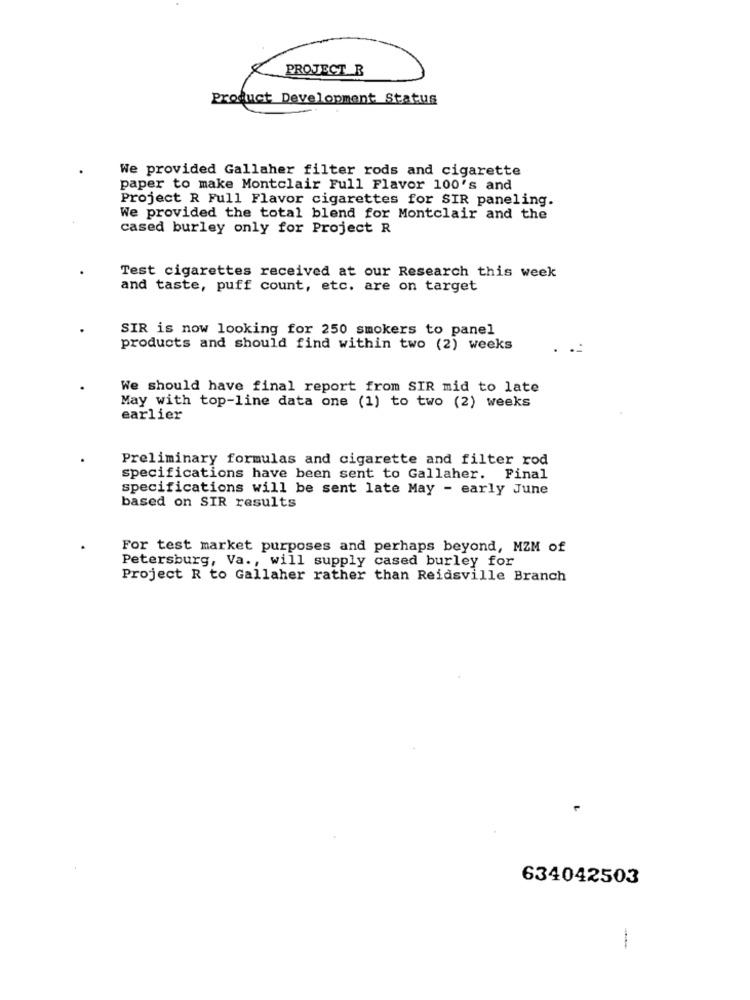
PROJECT_ B
Product Development Status
We provided Gallaher filter rods and cigarette
paper to make Montclair Full Flavor 100's and
Project R Full Flavor cigarettes for SIR paneling.
We provided the total blend for Montclair and the
cased burley only for Project R
Test cigarettes received at our Research this week
and taste, puff count, etc. are on target
SIR is now looking for 250 smokers to panel
products and should find within two (2) weeks
We should have final report from SIR mid to late
May with top-line data one (1) to two (2) weeks
earlier
Preliminary formulas and cigarette and filter rod
specifications have been sent to Gallaher. Final
specifications will be sent late May - early June
based on SIR results
For test market purposes and perhaps beyond, MZM of
Petersburg, Va ., will supply cased burley for
Project R to Gallaher rather than Reidsville Branch
634042503
-